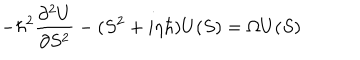
LaTeX: - \hbar ^ { 2 } { \frac { \partial ^ { 2 } U } { \partial S ^ { 2 } } } - ( S ^ { 2 } + i \eta \hbar ) U ( S ) = \Omega U ( S )